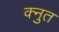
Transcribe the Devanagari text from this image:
क्नुत